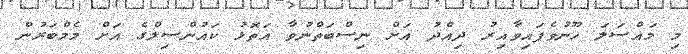
މި މައްސަލަ ހޫނުވެފައިވާއިރު ދިއްދު އަށް ނިސްބަތްނުވާ އަތޮޅު ކައުންސިލްގެ އަށް މެމްބަރުން